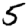
Digit: 5